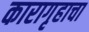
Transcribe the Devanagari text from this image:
कारागृहाचा